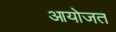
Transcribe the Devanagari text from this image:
आयोजत